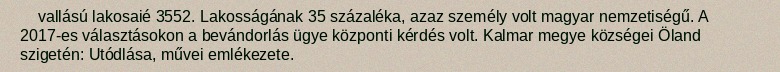
vallású lakosaié 3552. Lakosságának 35 százaléka, azaz személy volt magyar nemzetiségű. A 2017-es választásokon a bevándorlás ügye központi kérdés volt. Kalmar megye községei Öland szigetén: Utódlása, művei emlékezete.